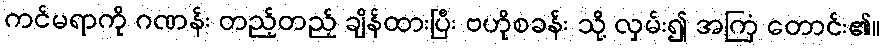
ကင်မရာကို ဂဏန်း တည့်တည့် ချိန်ထားပြီး ဗဟိုစခန်း သို့ လှမ်း၍ အကြံ တောင်း၏။